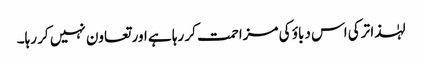
لہٰذا ترکی اس دباؤ کی مزاحمت کر رہا ہے اور تعاون نہیں کر رہا۔